Civil Veterinary Department. Madras. Admin. report 1910-25 - 1910-1925
Year: 1910
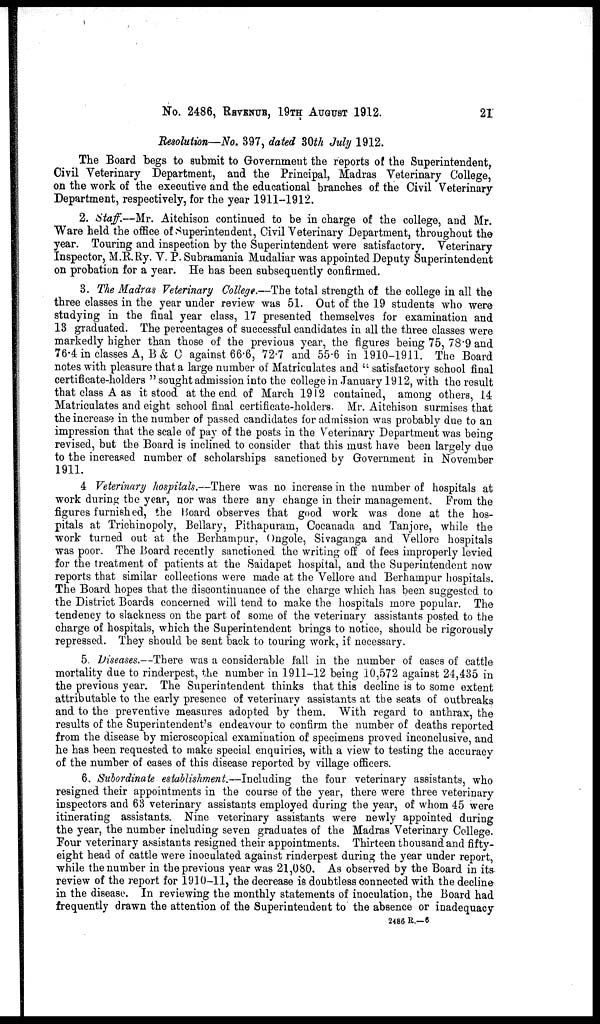
No. 2486, REVENUE, 19TH AUGUST 1912.
21
Resolution—No. 397, dated 30th July 1912.
The Board begs to submit to Government the reports of the Superintendent,
Civil Veterinary Department, and the Principal, Madras Veterinary College,
on the work of the executive and the educational branches of the Civil Veterinary
Department, respectively, for the year 1911-1912.
2. Staff.—Mr. Aitchison continued to be in charge of the college, and Mr.
Ware held the office of Superintendent, Civil Veterinary Department, throughout the
year. Touring and inspection by the Superintendent were satisfactory. Veterinary
Inspector, M.R.Ry. V. P. Subramania Mudaliar was appointed Deputy Superintendent
on probation for a year. He has been subsequently confirmed.
3. The Madras Veterinary College.—The total strength of the college in all the
three classes in the year under review was 51. Out of the 19 students who were
studying in the final year class, 17 presented themselves for examination and
13 graduated. The percentages of successful candidates in all the three classes were
markedly higher than those of the previous year, the figures being 75, 78.9 and
76.4 in classes A, B& C against 66.6, 72.7 and 55.6 in 1910-1911. The Board
notes with pleasure that a large number of Matriculates and "satisfactory school final
certificate-holders" sought admission into the college in January 1912, with the result
that class A as it stood at the end of March 1912 contained, among others, 14
Matriculates and eight school final certificate-holders. Mr. Aitchison surmises that
the increase in the number of passed candidates for admission was probably due to an
impression that the scale of pay of the posts in the Veterinary Department was being
revised, but the Board is inclined to consider that this must have been largely due
to the increased number of scholarships sanctioned by Government in November
1911.
4 Veterinary hospitals.—There was no increase in the number of hospitals at
work during the year, nor was there any change in their management. From the
figures furnished, the Board observes that good work was done at the hos-
pitals at Trichinopoly, Bellary, Pithapuram, Cocanada and Tanjore, while the
work turned out at the Berhampur, Ongole, Sivaganga and Vellore hospitals
was poor. The Board recently sanctioned the writing off of fees improperly levied
for the treatment of patients at the Saidapet hospital, and the Superintendent now
reports that similar collections were made at the Vellore and Berhampur hospitals.
The Board hopes that the discontinuance of the charge which has been suggested to
the District Boards concerned will tend to make the hospitals more popular. The
tendency to slackness on the part of some of the veterinary assistants posted to the
charge of hospitals, which the Superintendent brings to notice, should be rigorously
repressed. They should be sent back to touring work, if necessary.
5. Diseases.—There was a considerable fall in the number of cases of cattle
mortality due to rinderpest, the number in 1911-12 being 10,572 against 24,435 in
the previous year. The Superintendent thinks that this decline is to some extent
attributable to the early presence of veterinary assistants at the seats of outbreaks
and to the preventive measures adopted by them. With regard to anthrax, the
results of the Superintendent's endeavour to confirm the number of deaths reported
from the disease by microscopical examination of specimens proved inconclusive, and
he has been requested to make special enquiries, with a view to testing the accuracy
of the number of cases of this disease reported by village officers.
6. Subordinate establishment.—Including the four veterinary assistants, who
resigned their appointments in the course of the year, there were three veterinary
inspectors and 63 veterinary assistants employed during the year, of whom 45 were
itinerating assistants. Nine veterinary assistants were newly appointed during
the year, the number including seven graduates of the Madras Veterinary College.
Four veterinary assistants resigned their appointments. Thirteen thousand and fifty-
eight head of cattle were inoculated against rinderpest during the year under report,
while the number in the previous year was 21,080. As observed by the Board in its
review of the report for 1910-11, the decrease is doubtless connected with the decline
in the disease. In reviewing the monthly statements of inoculation, the Board had
frequently drawn the attention of the Superintendent to the absence or inadequacy
2486 R.—6